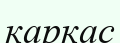
каркас